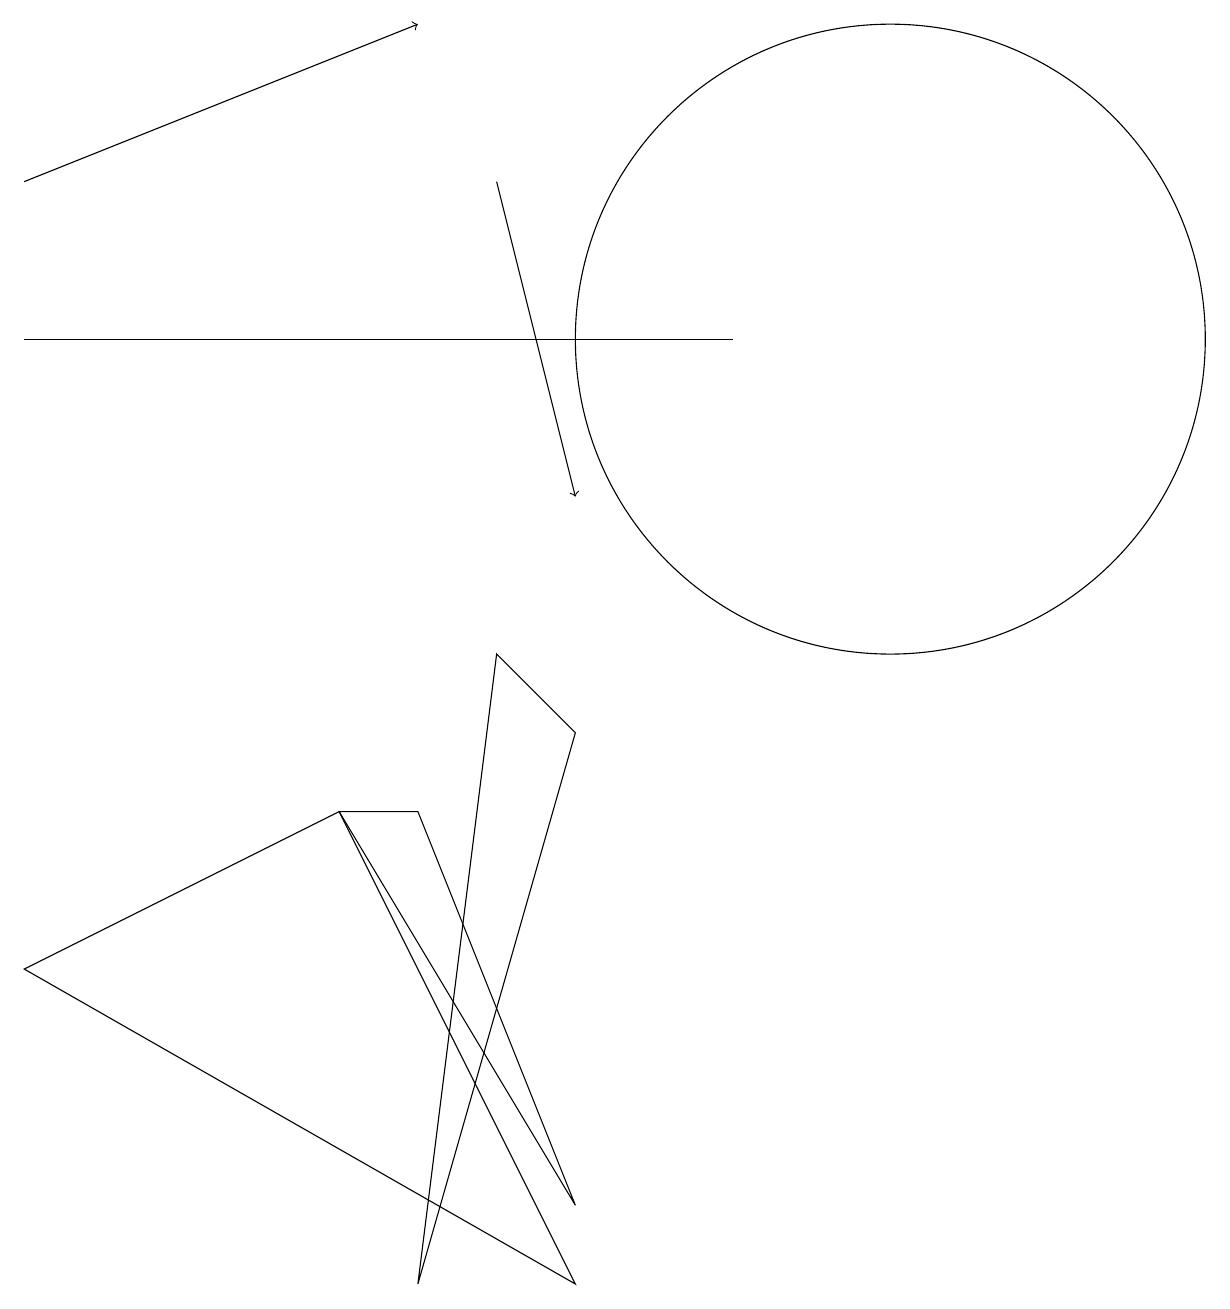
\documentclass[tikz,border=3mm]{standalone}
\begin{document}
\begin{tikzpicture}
\draw (0,12) rectangle (9,12);
\draw[->] (6,14) -- (7,10);
\draw (5,0) -- (7,7) -- (6,8) -- cycle;
\draw (4,6) -- (5,6) -- (7,1) -- cycle;
\draw (4,6) -- (0,4) -- (7,0) -- cycle;
\draw[->] (0,14) -- (5,16);
\draw (11,12) circle (4);
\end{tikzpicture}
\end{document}